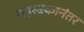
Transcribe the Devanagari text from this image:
सहस्त्रकानंतर